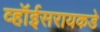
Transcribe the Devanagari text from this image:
व्हॉईसरायकडे